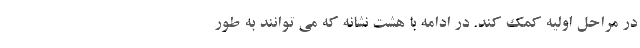
در مراحل اولیه کمک کند. در ادامه با هشت نشانه که می توانند به طور